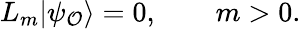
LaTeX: L_{m}|\psi_{\cal O}\rangle=0,\qquad m>0.